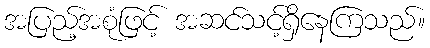
အပြည့်အစုံဖြင့် အဆင်သင့်ရှိနေကြသည်။